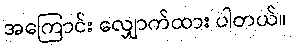
အကြောင်း လျှောက်ထား ပါတယ်။